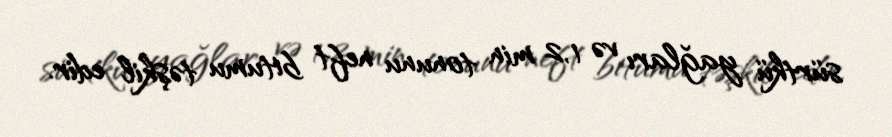
sürtkü yağları və 1,2 min tonunu neft bitumu təşkil edir.